Annual report on the mental hospital in the Central Provinces and Berar (Nagpur) - 1927-1951
Year: 1927
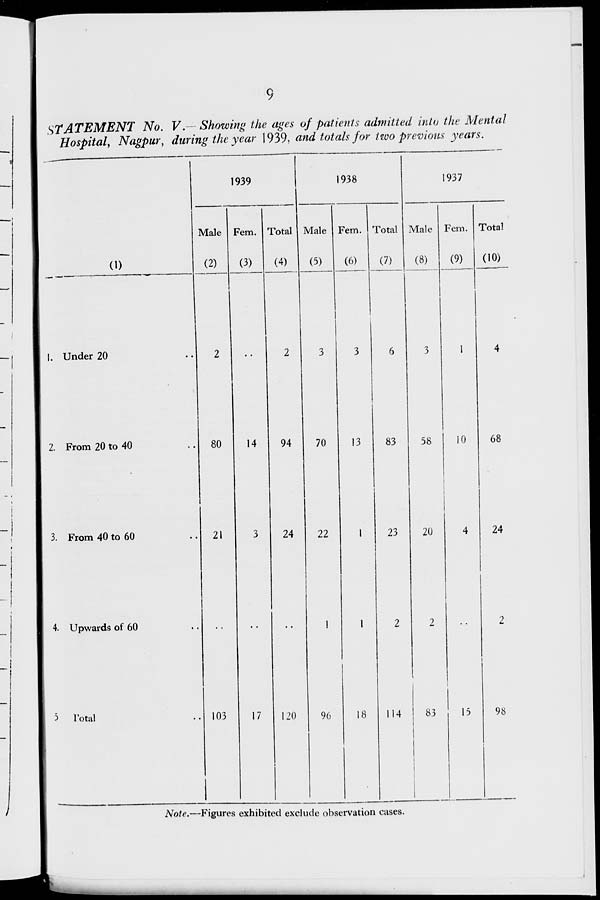
9
STATEMENT
No. V. –– Showing the ages of patients admitted into the Mental
Hospital, Nagpur, during the year 1939, and totals for two previous years.
(1)
1. Under 20 ..
2. From 20 to 40 ..
3. From 40 to 60 ..
4. Upwards of 60 ..
5 Total ..
1939
Male
(2)
2
80
21
..
103
Fem.
(3)
..
14
3
..
17
Total
(4)
2
94
24
..
120
1938
Male
(5)
3
70
22
1
96
Fem.
(6)
3
13
1
1
18
Total
(7)
6
83
23
2
114
1937
Male
(8)
3
58
20
2
83
Fem.
(9)
1
10
4
..
15
Total
(10)
4
68
24
2
98
Note.—Figures exhibited exclude observation cases.